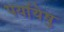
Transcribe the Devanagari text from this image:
पर्यायेषु